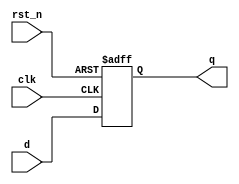
module d_ffr(clk, rst_n, d, q);
input clk, rst_n;
input  [7:0] d;
output reg [7:0] q;
always @ (posedge clk or negedge rst_n) begin
    if (!rst_n) q <= 0;
    else      q <= d;
end
endmodule